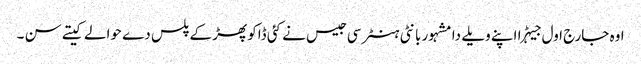
اوہ جارج اول جیہڑا اپنے ویلے دا مشہور بانٹی ہنٹر سی جیس نے کئی ڈاکو پھڑ کے پلس دے حوالے کیتے سن ۔